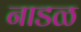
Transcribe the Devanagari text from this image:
नाडळ